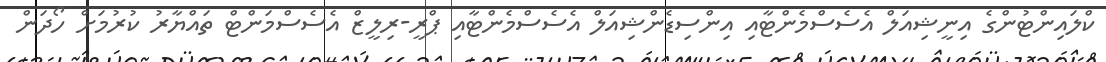
ކްލައިންޓުންގެ އިނީޝިއަލް އެސެސްމެންޓާއި އިންސިޑެންޝިއަލް އެސެސްމެންޓާއި ޕްރީ-ރިލީޒް އެސެސްމަންޓް ތައްޔާރު ކުރުމަށް ހޯދަން